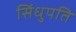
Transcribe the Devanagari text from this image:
सिंधुपति